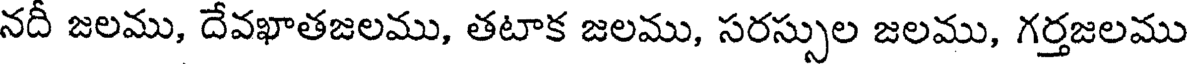
నదీ జలము, దేవఖాతజలము, తటాక జలము, సరస్సుల జలము, గర్తజలము